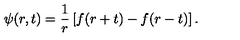
\psi ( r , t ) = { \frac { 1 } { r } } \left[ f ( r + t ) - f ( r - t ) \right] .